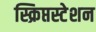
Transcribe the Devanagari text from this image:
स्क्रिप्तस्टेशन